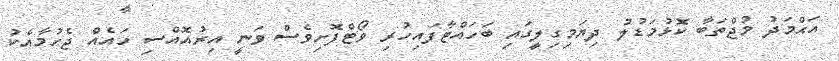
އަޙްމަދު މުޖްތަބާ ކޮޅުމަޑުލު ދިޔަމިގިލީގައި ބަހައްޓާފައިހުރި ވޯޓްފޮށިވެސް ވަނީ އިރުއޮއްސި ހައެއް ޖެހުމާއެކު